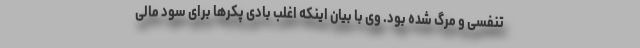
تنفسی و مرگ شده بود. وی با بیان اینکه اغلب بادی پکرها برای سود مالی